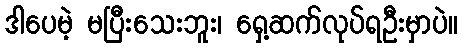
ဒါပေမဲ့ မပြီးသေးဘူး၊ ရှေ့ဆက်လုပ်ရဦးမှာပဲ။